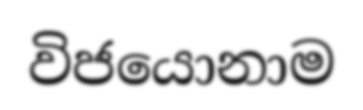
විජයොනාම